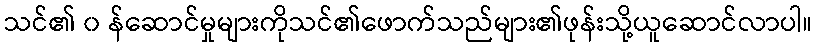
သင်၏ ၀ န်ဆောင်မှုများကိုသင်၏ဖောက်သည်များ၏ဖုန်းသို့ယူဆောင်လာပါ။